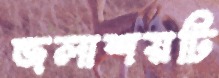
জলাশয়টি